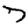
Digit: 7